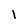
Character: 1